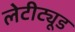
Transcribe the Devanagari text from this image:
लेटीट्यूड